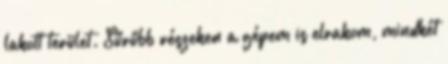
lakott terület. Sűrűbb részeken a gépem is elrakom, mindkét